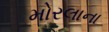
મોરલાના